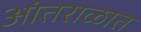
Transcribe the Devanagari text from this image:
आंतराळात